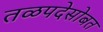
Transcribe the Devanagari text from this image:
तळपदेसोबत